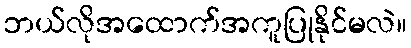
ဘယ်လိုအထောက်အကူပြုနိုင်မလဲ။